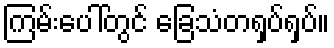
ကြမ်းပေါ်တွင် ခြေသံတရှပ်ရှပ်။